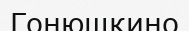
Гонюшкино